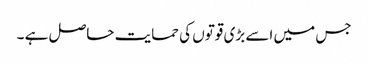
جس میں اسے بڑی قوتوں کی حمایت حاصل ہے ۔